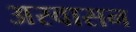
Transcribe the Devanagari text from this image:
अस्वासन